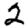
Digit: 2